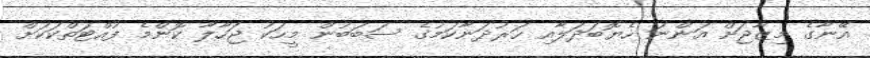
އޭނާގެ މިޒާޖަށް އަންނަ ހެޔޮބަދަލާއި ހަރުދަނާކަމުގެ ސަބަބުން މީހަކު ޖަހާލާ ކޮންމެ ފުއްޓަތްކަކަށް